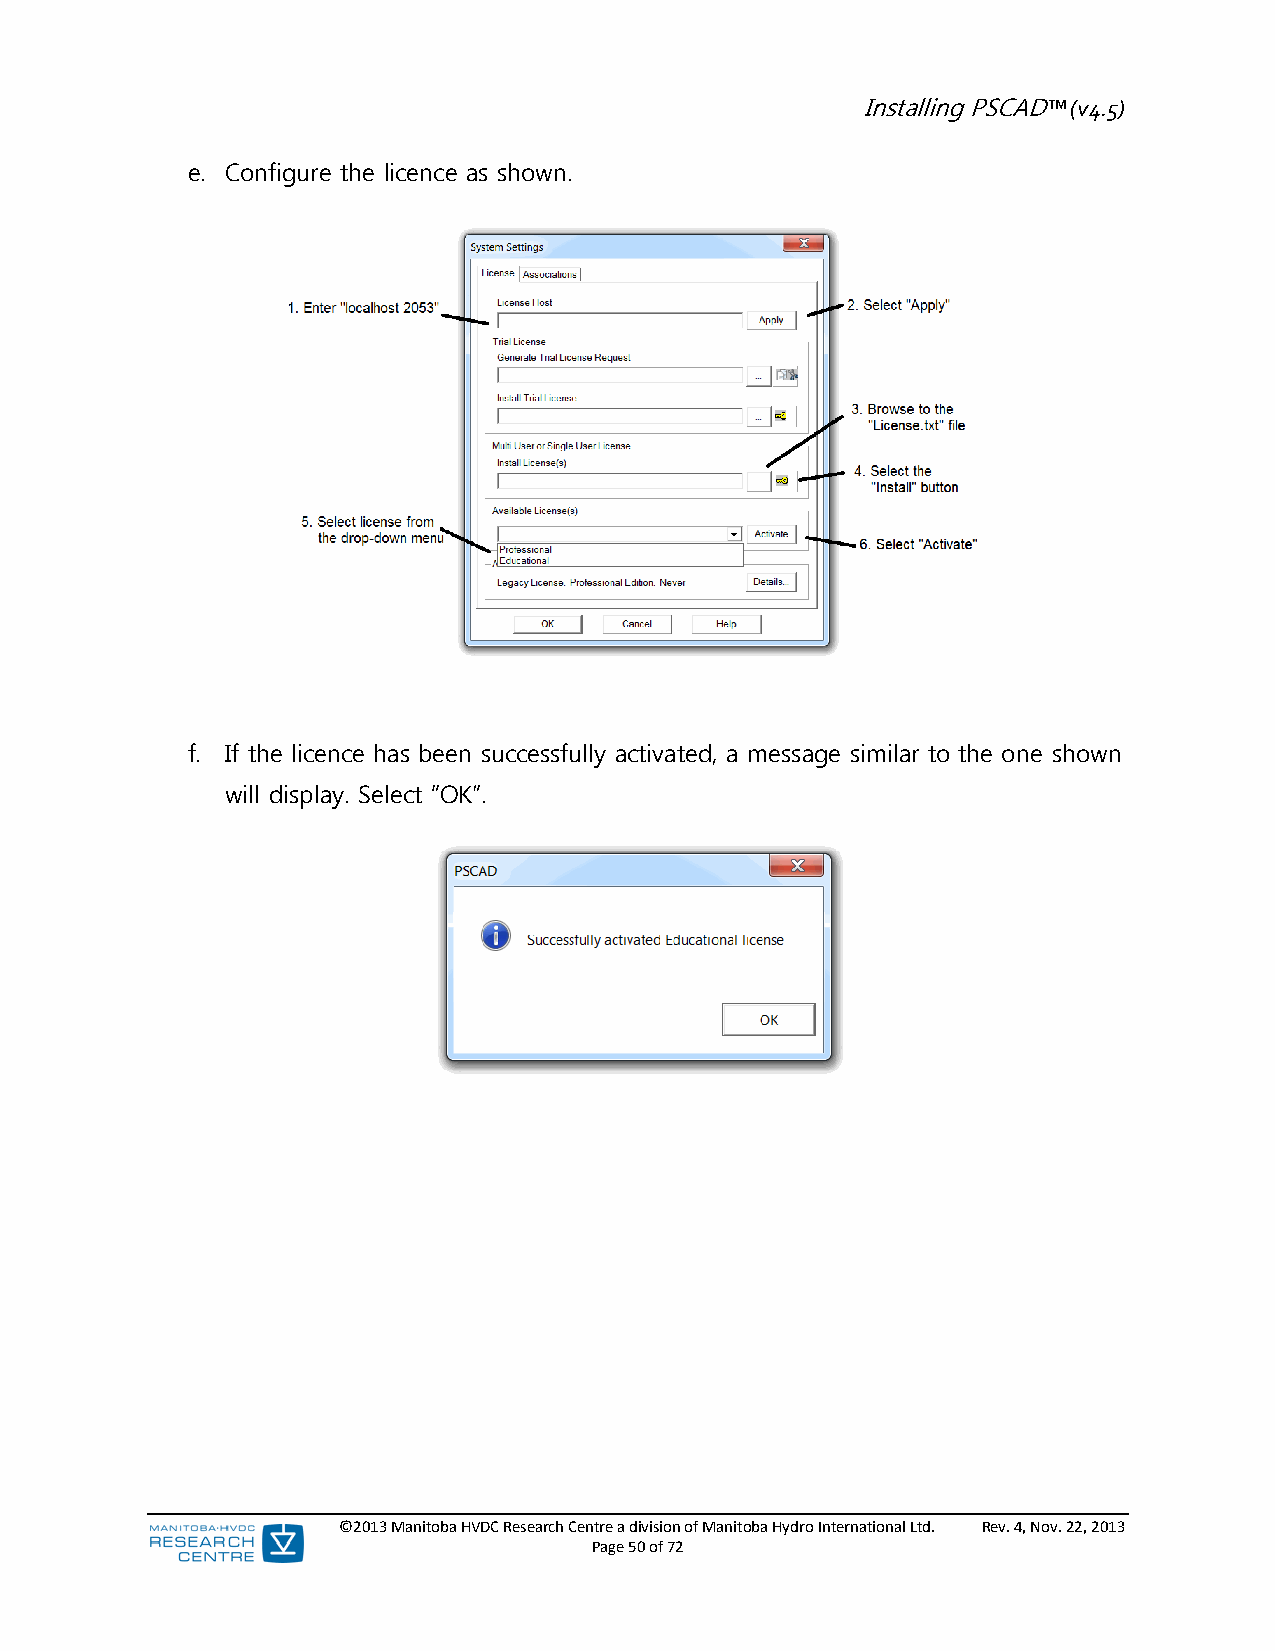
Installing PSCAD™ (v4.5)
 e. Configure the licence as shown.
 f. If the licence has been successfully activated, a message similar to the one shown
 will display. Select “OK”.
 ©2013 Manitoba HVDC Research Centre a division of Manitoba Hydro International Ltd. Rev. 4, Nov. 22, 2013
 Page 50 of 72